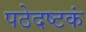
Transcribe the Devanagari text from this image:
पठेदष्टकं